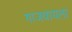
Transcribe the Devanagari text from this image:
गाजवायला